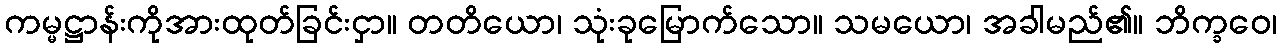
ကမ္မဋ္ဌာန်းကိုအားထုတ်ခြင်းငှာ။ တတိယော၊ သုံးခုမြောက်သော။ သမယော၊ အခါမည်၏။ ဘိက္ခဝေ၊